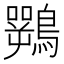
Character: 𱈽